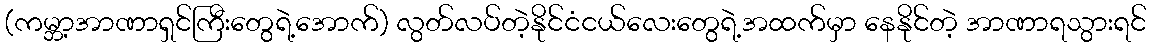
(ကမ္ဘာ့အာဏာရှင်ကြီးတွေရဲ့အောက်) လွတ်လပ်တဲ့နိုင်ငံငယ်လေးတွေရဲ့အထက်မှာ နေနိုင်တဲ့ အာဏာရသွားရင်